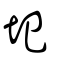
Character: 圯